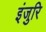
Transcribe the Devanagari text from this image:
इंजुरि